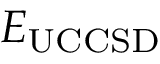
E _ { \mathrm { U C C S D } }